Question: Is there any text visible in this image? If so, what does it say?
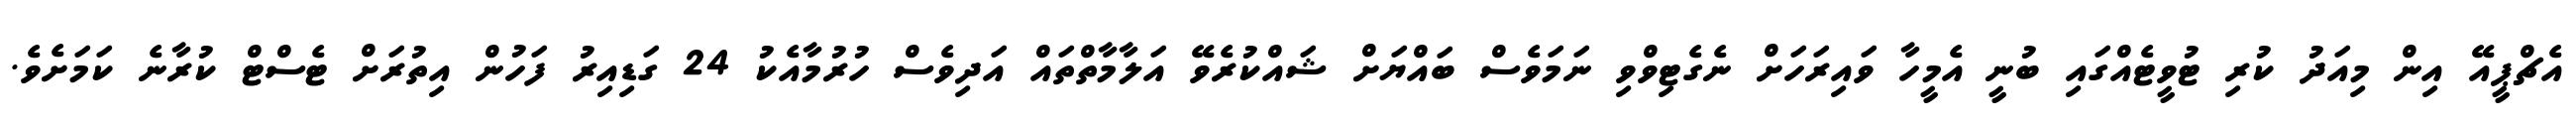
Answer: އެޗްޕީއޭ އިން މިއަދު ކުރި ޓުވީޓެއްގައި ބުނީ އެމީހާ ވައިރަހަށް ނެގެޓިވްވި ނަމަވެސް ބައްޔަށް ޝައްކުރެވޭ އަލާމާތްތައް އަދިވެސް ހުރުމާއެކު 24 ގަޑިއިރު ފަހުން އިތުރަށް ޓެސްޓް ކުރާނެ ކަމަށެވެ.